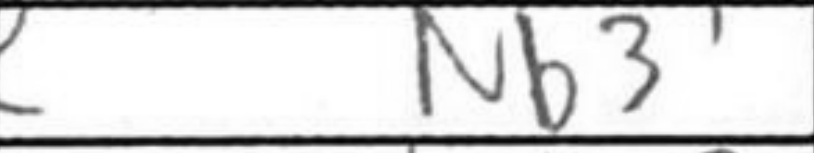
Transcription: Nb3